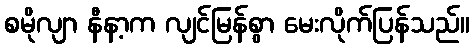
စမိုလျာ နီနာ့က လျင်မြန်စွာ မေးလိုက်ပြန်သည်။